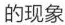
的现象